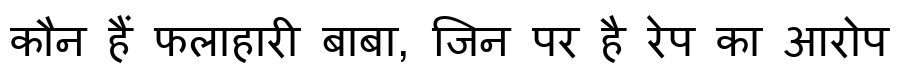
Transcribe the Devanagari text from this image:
कौन हैं फलाहारी बाबा, जिन पर है रेप का आरोप